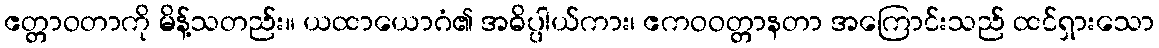
ဧတ္တာဝတာကို မိန့်သတည်း။ ယထာယောဂံ၏ အဓိပ္ပါယ်ကား၊ ဧကဝဝတ္တာနတာ အကြောင်းသည် ထင်ရှားသော